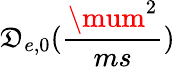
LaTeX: \mathfrak{D}_{e,0}(\frac{{\mum^{2}}}{{ms}})